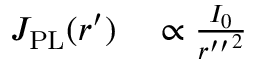
\begin{array} { r l } { J _ { \mathrm { P L } } ( r ^ { \prime } ) } & { { } \propto \frac { I _ { 0 } } { { r ^ { \prime \prime } } ^ { 2 } } } \end{array}